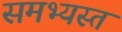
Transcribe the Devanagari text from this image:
समभ्यस्तं